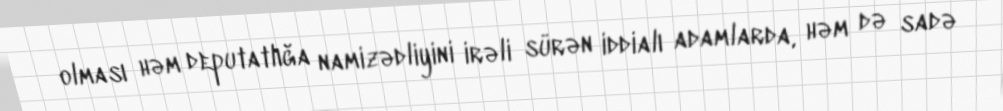
olması həm deputatlığa namizədliyini irəli sürən iddialı adamlarda, həm də sadə